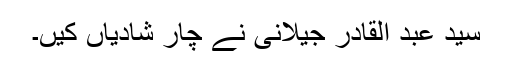
سید عبد القادر جیلانی نے چار شادیاں کیں۔